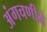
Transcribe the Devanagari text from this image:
अंगचणीने